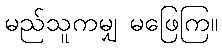
မည်သူကမျှ မဖြေကြ။